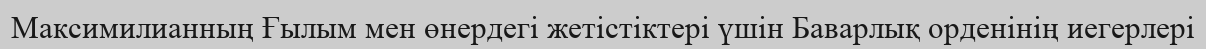
Максимилианның Ғылым мен өнердегі жетістіктері үшін Баварлық орденінің иегерлері